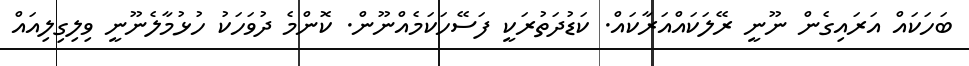
ބަހަކައް އަރައިގެން ނޫނީ ރޭލަކައްއަރާކައް. ކަޑުދަތުރަކީ ފަސޭހަކަމެއްނޫން. ކޮންމެ ދުވަހަކު ހުޅުމާލެނޫނީ ވިލިގިލިއައް